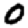
Digit: 0